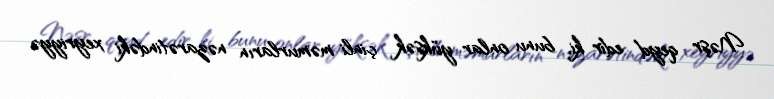
Nəşr qeyd edir ki, bunu onlar yüksək çinli məmurların nəzarətindəki xeyriyyə